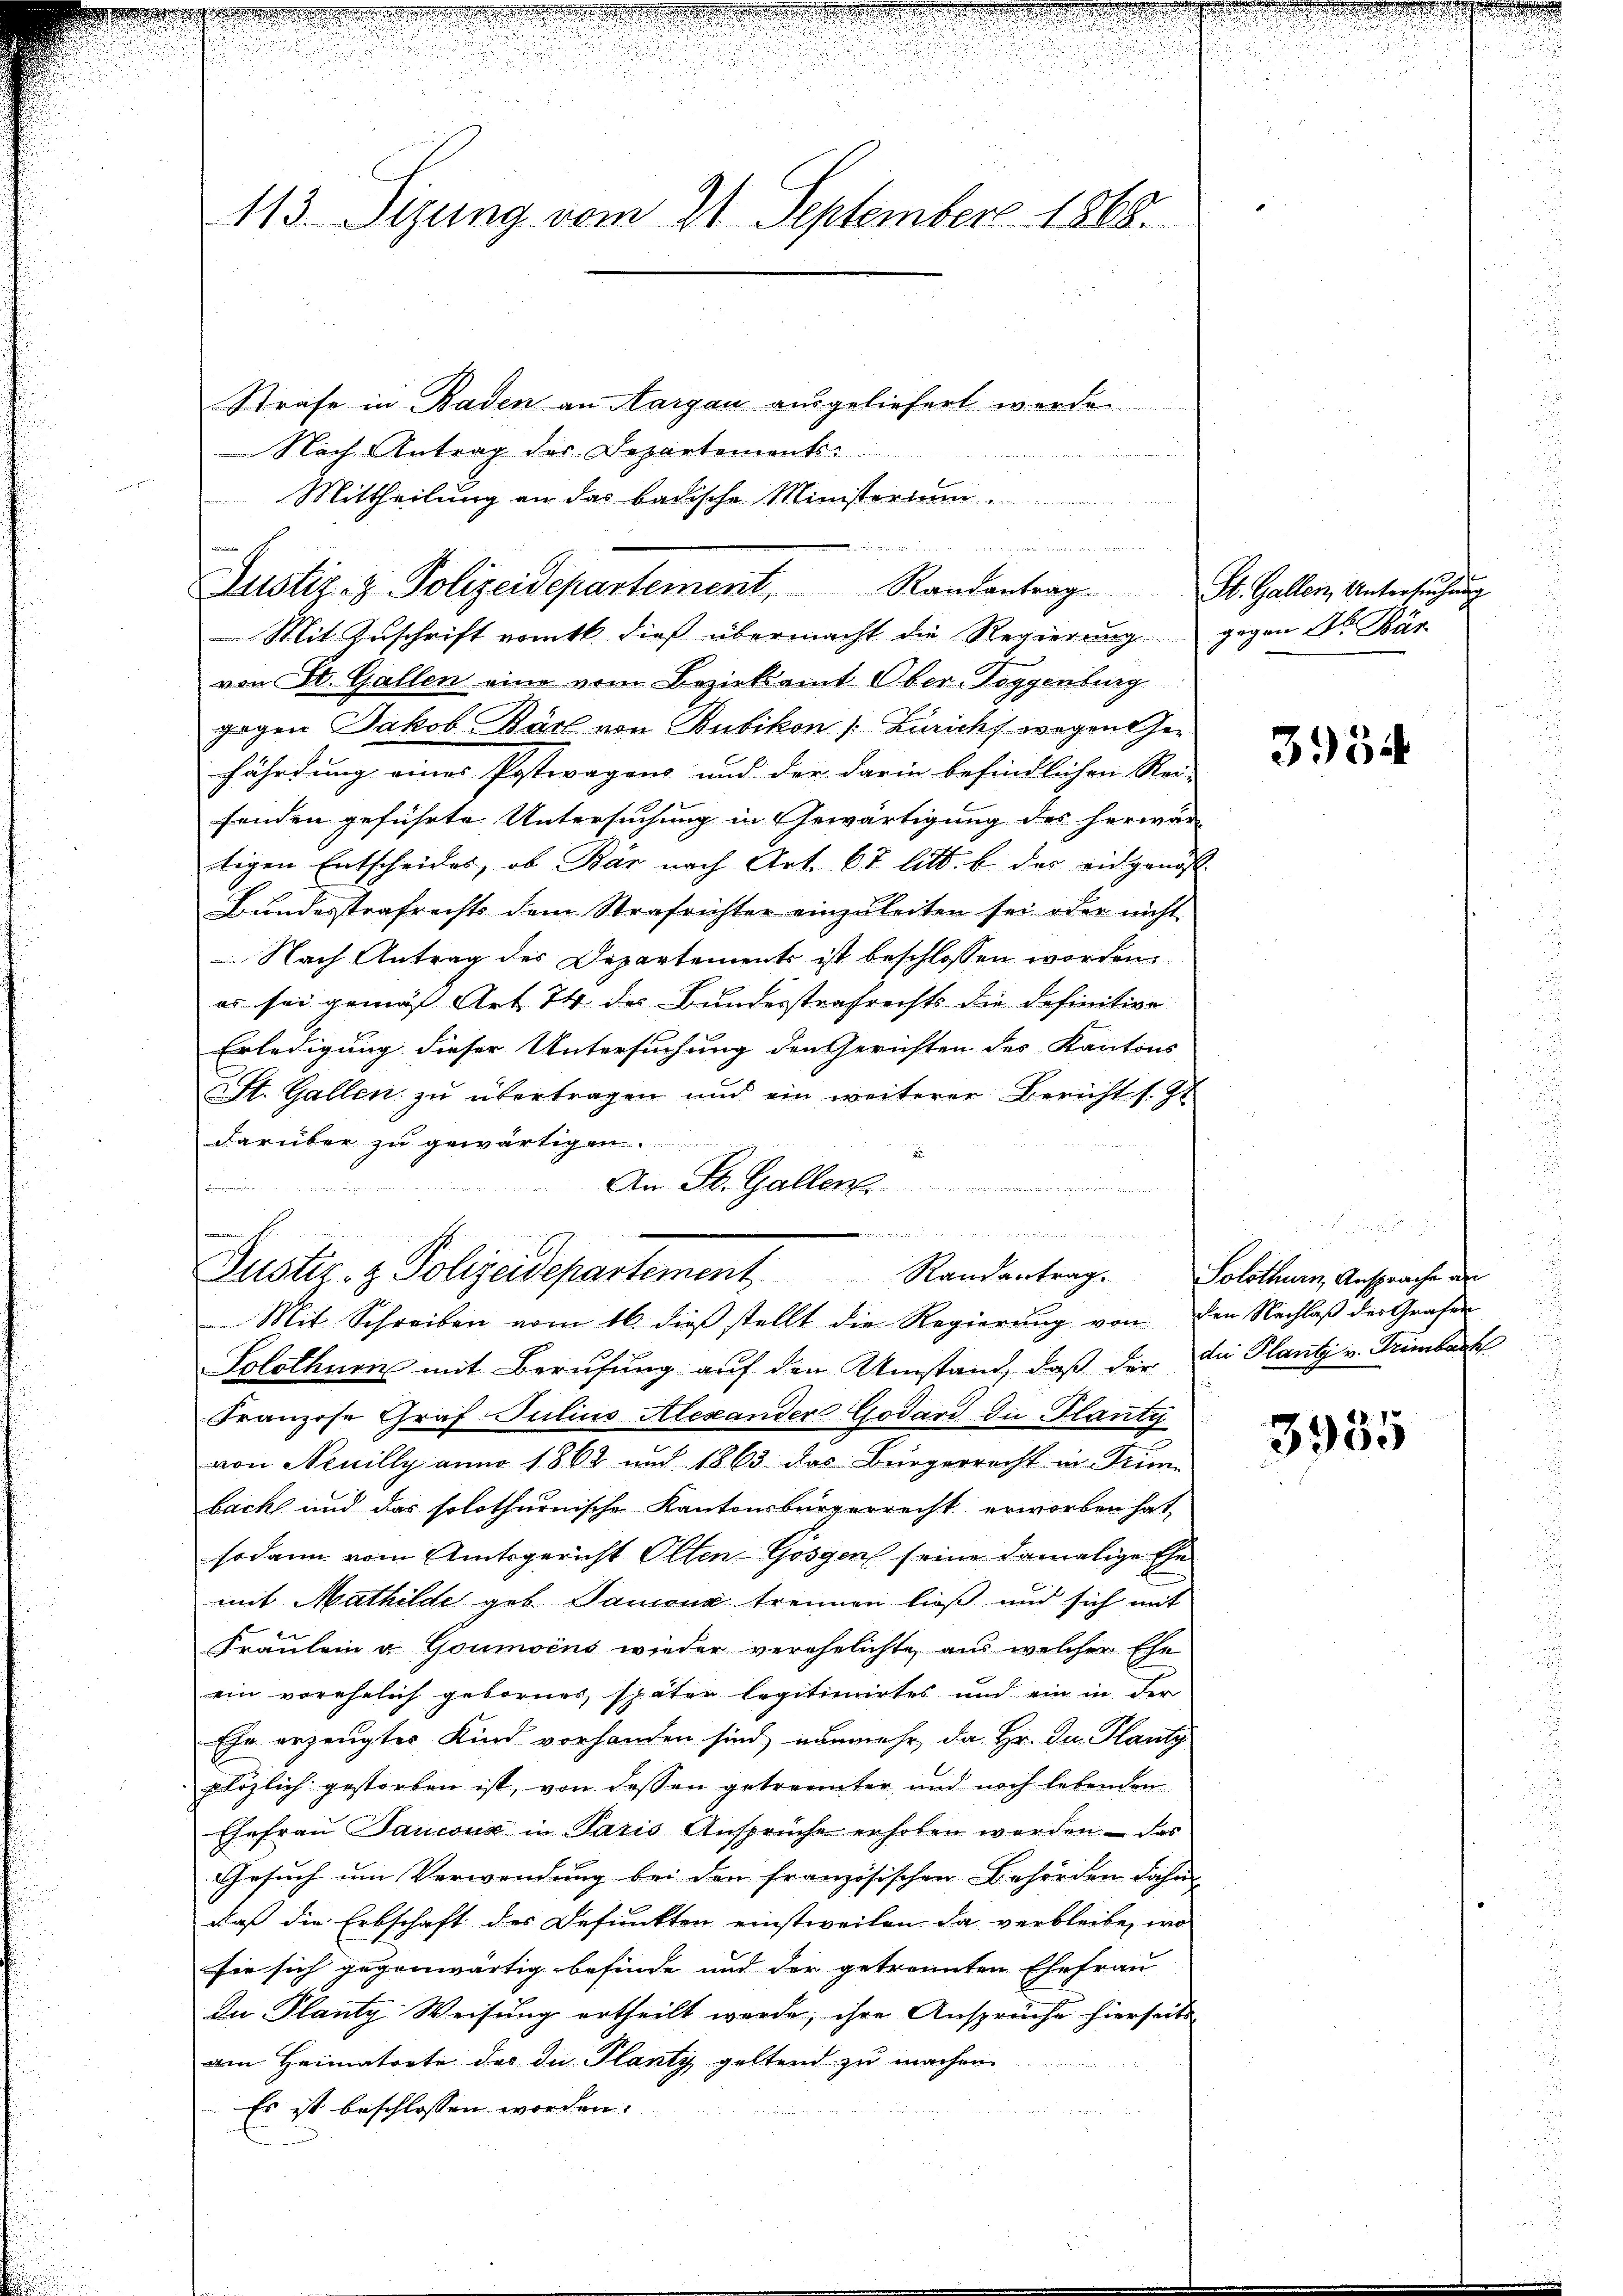
de
113. Sizung vom 21. September 1868.

Nach Antrag der Departements-
Mittheilung an das badische Ministerium.
Mit Zuschrift nämtl. dieß übermacht die Regierung gegen Dr. Bür
von St. Gallen eine vom Bezirksamt Ober- Toggenburg
gegen Jakob Karl von Bubikon [Zürichs wegen Gefährdung eines Postwagens und der darin befindlichen Rei- |
fenden geführte Untersuchung in Gewärtigung des herwar
tigen Entscheides, ob Bär nach Art. 67 litt. b des eidgenoss
Bundesstrafrechts dem Strafrichter einzŭleiten sei oder nicht
 Nach Antrag des Departements ist beschlossen worden.
es sei gemäß Art. 74 des Bundesstrafrechts die definitive.
Erledigung dieser Untersuchung den Gerichten des Kantons
St. Gallen zu übertragen und ein weiterer Bericht s. Zt
darüber zu gewärtigen.
An St. Gallen

Strafe in Baden an Margau ausgeliefert werden
u
Justiz- & Polizeidepartement, Randantrag. St. Gallen, Untersŭchŭng

Justiz- & Polizeidepartement Randantrage
Mit Schreiben vom 16 dieβ stellt die Regierŭng von den Nachlaβ der Grafen

Solothurn mit Berufung auf den Umstand, daß der die Plantz v. Trimbach
Franzose Graf. Julius Alexander Godard du Plantg
von Neuilly anno 1862 und 1863 das Bürgerrecht in Krim-
bach und das solothurnische Kantonsbürgerrecht erworben hat,
sodann vom Amtsgericht Olten-Gösgen seine damalige Ehemit Mathilde geb. Tanzona trennen ließ und sich mit
Fräulein v. Goumoins wieder verehelichte, aus welcher Ehe
ein vorehelich gebornes, später legitimirtes und ein in der
Ehe erzeugtes Kind vorhanden sind, nunmehr, da Hr. Dn. Planty
plözlich gestorben ist, von dessen getrennter und noch lebenden
Ehefrau Bauconz in Paris Ansprüche erhoben werden - das
Gesuch um Verwendung bei den französischen Behörden dahin
daß die Erbschaft des Befunkten einstweilen da verbleibe, wo
sie sich gegenwärtig befinde und der getrennten Ehefrau
Du Planty Weisung ertheilt werde, ihre Ansprüche hierseits
am Heimatorte des du Plantz geltend zu machen
Es ist beschlossen worden.

.

3934

Solothurn, Ansprache an

3955